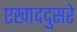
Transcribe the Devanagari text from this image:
एखाददुसरे